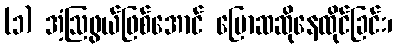
(၁) အံ့ဩဖွယ်ဖြစ်အောင် ပြောဆဆိုနေထိုင်ခြင်း၊